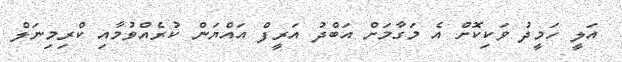
އަލީ ހަމީދު ވަކިކޮށް އެ މަގާމަށް އަބްދު އަރީފް އައްޔަން ކުރެއްވުމާއި ކްރިމިނަލް